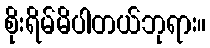
စိုးရိမ်မိပါတယ်ဘုရား။